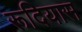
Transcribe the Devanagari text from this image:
रूदियास